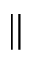
\|